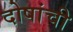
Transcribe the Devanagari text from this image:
दोषांची